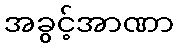
အခွင့်အာဏာ